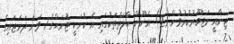
ޖިނާއީ މަޖުބޫރުކުރުވުން:(2) އެނޫން ޙާލަތްތަކުގައި އެ ކުށަކީ ޖުނަޙްގެ 1 ވަނަ ދަރަޖައިގެ